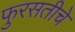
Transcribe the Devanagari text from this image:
फुरसतीचे